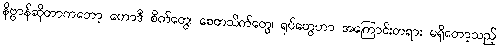
နိဗ္ဗာန်ဆိုတာကတော့ ဟောဒီ စိတ်တွေ၊ စေတသိက်တွေ၊ ရုပ်တွေဟာ အကြောင်းတရား မရှိတော့သည့်